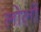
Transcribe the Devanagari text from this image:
लोली